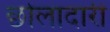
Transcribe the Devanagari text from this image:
छोलादारी